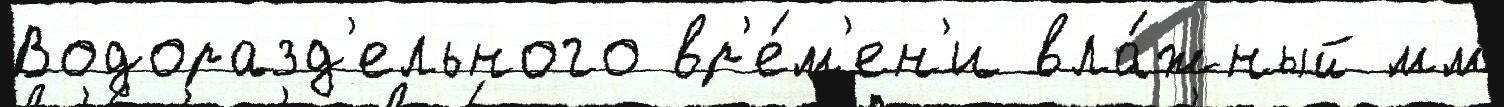
Водоразд'ельного вр'е́м'ен'и вла́жный мм